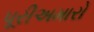
પૂરીઅમારો